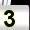
Digit: 3